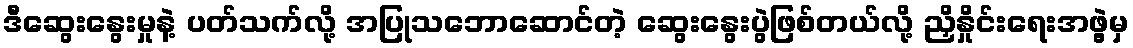
ဒီဆွေးနွေးမှုနဲ့ ပတ်သက်လို့ အပြုသဘောဆောင်တဲ့ ဆွေးနွေးပွဲဖြစ်တယ်လို့ ညှိနှိုင်းရေးအဖွဲ့မှ